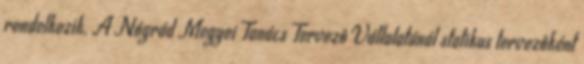
rendelkezik. A Nógrád Megyei Tanács Tervezô Vállalatánál statikus tervezôként